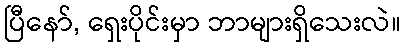
ပြီနော်, ရှေးပိုင်းမှာ ဘာများရှိသေးလဲ။